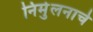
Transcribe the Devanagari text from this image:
निर्मुलनाचे